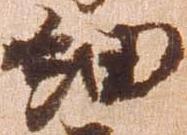
細